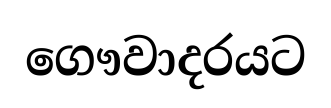
ගෞවාදරයට